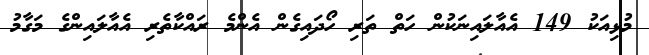
މުޅިއަކު 149 އެއާލައިނަކުން ހަތް ތަރި ހޯދައިގެން އެންމެ ރައްކާތެރި އެއާލައިންގެ މަގާމު